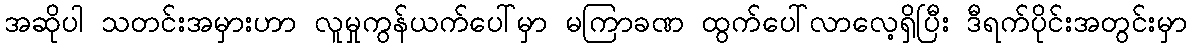
အဆိုပါ သတင်းအမှားဟာ လူမှုကွန်ယက်ပေါ်မှာ မကြာခဏ ထွက်ပေါ်လာလေ့ရှိပြီး ဒီရက်ပိုင်းအတွင်းမှာ